Insane asylums in Bengal annual reports 1867-1875 - 1867-1875
Year: 1867
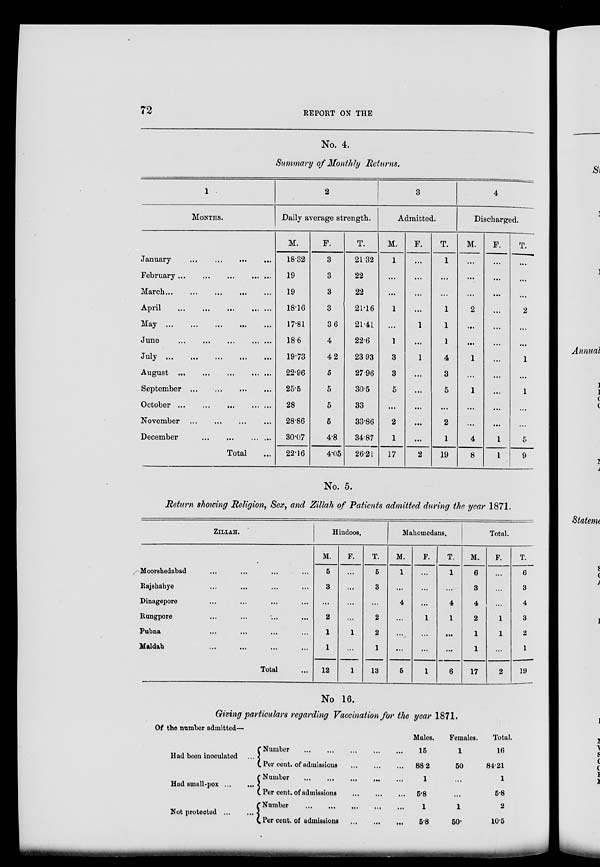
72
REPORT ON THE
No. 4.
Summary of Monthly Returns.
1
MONTHS.
January
...
...
...
...
February
...
...
...
...
March
...
...
...
...
...
April ... ... ... ... ...
May
...
...
...
...
...
June
...
...
...
...
...
July
...
...
...
...
...
August
...
...
...
...
...
September
...
...
...
...
October
...
...
...
...
...
November
...
...
...
...
December
...
...
...
...
Total ...
2
Daily average strength.
M.
18.32
19
19
18.16
17.81
18.6
19.73
22.96
25.5
28
28.86
30.07
22.16
F.
3
3
3
3
3.6
4
4.2
5
5
5
5
4.8
4.05
T.
21.32
22
22
21.16
21.41
22.6
23.93
27.96
30.5
33
33.86
34.87
26.21
3
Admitted.
M.
1
...
...
1
...
1
3
3
5
...
2
1
17
F.
...
...
...
...
1
...
1
...
...
...
...
...
2
T.
1
...
...
1
1
1
4
3
5
...
2
1
19
4
Discharged.
M.
...
...
...
2
...
...
1
...
1
...
...
4
8
F.
...
...
...
...
...
...
...
...
...
...
...
1
1
T.
...
...
...
2
...
...
1
...
1
...
...
5
9
No. 5.
Return showing Religion, Sex, and Zillah of Patients admitted during the year 1871.
ZILLAH.
Moorshedabad ... ... ... ...
Rajshahye ... ... ... ...
Dinagepore ... ... ... ...
Rungpore ... ... ... ...
Pubna ... ... ... ...
Maldah ... ... ... ...
Total ...
Hindoos.
M.
5
3
...
2
1
1
12
F.
...
...
...
...
1
...
1
T.
5
3
...
2
2
1
13
Mahomedans.
M.
1
...
4
...
...
...
5
F.
...
...
...
1
...
...
1
T.
1
...
4
1
...
...
6
Total.
M.
6
3
4
2
1
1
17
F.
...
...
...
1
1
...
2
T.
6
3
4
3
2
1
19
No 16.
Giving particulars regarding Vaccination for the year 1871.
Of the number admitted—
Had been inoculated ...
Had small-pox
...
...
Not protected ...
...
Number
...
...
...
...
...
Per cent. of admissions
...
...
...
Number
...
...
...
...
...
Per cent. of admissions
...
...
...
Number
...
...
...
...
...
Per cent. of admissions
...
...
...
Males.
15
88.2
1
5.8
1
5.8
Females.
1
50
...
...
1
50.
Total.
16
84.21
1
5.8
2
10.5